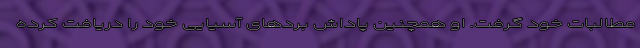
مطالبات خود گرفت. او همچنین پاداش بردهای آسیایی خود را دریافت کرده